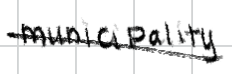
Text: municipality
Cross-out: mix
Writing tool: digital_black